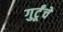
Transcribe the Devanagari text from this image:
गुर्टूंचे